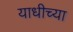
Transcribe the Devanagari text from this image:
याधीच्या